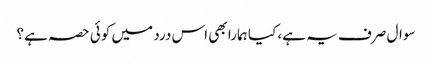
سوال صرف یہ ہے، کیا ہمارا بھی اس درد میں کوئی حصہ ہے؟